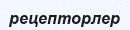
рецепторлер